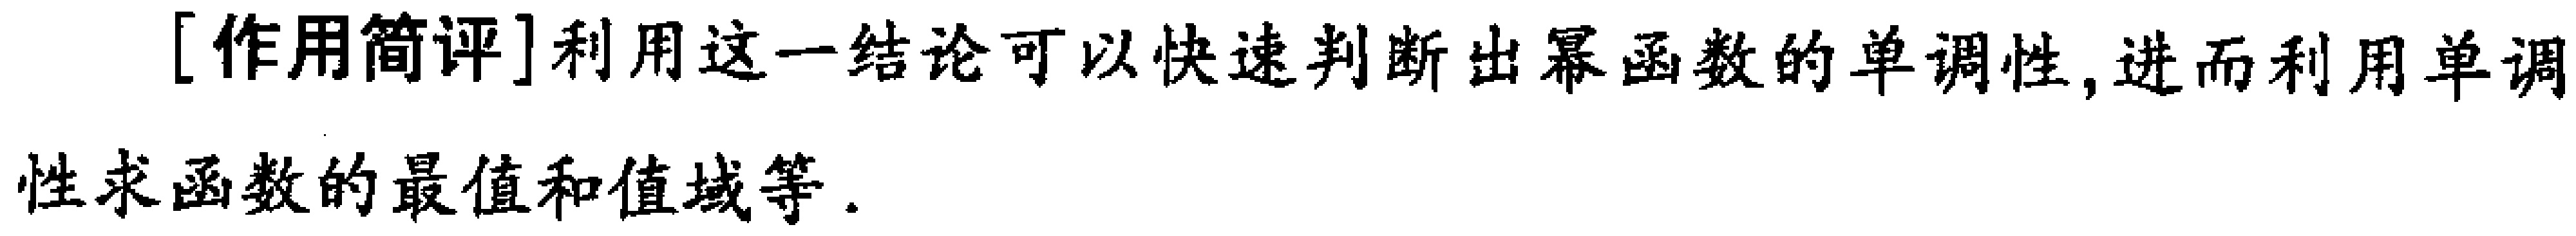
[作用简评]利用这一结论可以快速判断出幂函数的单调性, 进而利用单调

性求函数的最值和值域等.